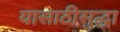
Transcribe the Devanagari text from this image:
यासाठीसुद्धा